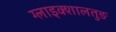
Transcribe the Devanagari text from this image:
ग्लाइक्शालतुङ